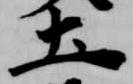
土